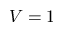
V = 1